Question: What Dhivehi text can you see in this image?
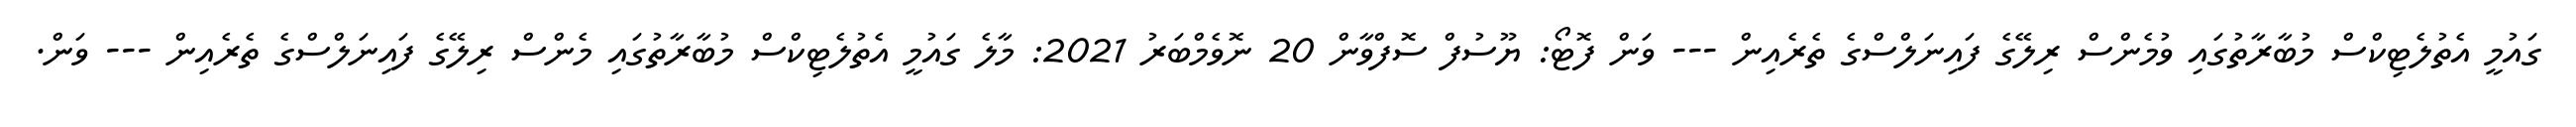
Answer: ގައުމީ އެތުލެޓިކްސް މުބާރާތުގައި ވުމެންސް ރިލޭގެ ފައިނަލްސްގެ ތެރެއިން --- ވަން ފޮޓޯ: ޔޫސުފް ސޮފްވާން 20 ނޮވެމްބަރު 2021: މާލެ ގައުމީ އެތުލެޓިކްސް މުބާރާތުގައި މެންސް ރިލޭގެ ފައިނަލްސްގެ ތެރެއިން --- ވަން.